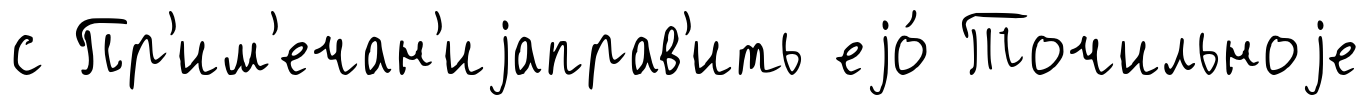
с Пр'им'ечан'иjаправ'ить еjо́ Точильноjе